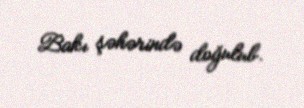
Bakı şəhərində doğulub.